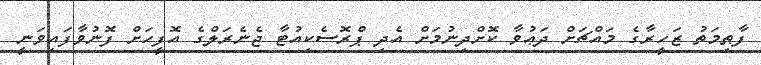
ފާޠިމަތު ޒަހީރާގެ މައްޗަށް ދަޢުވާ ކޮށްދިނުމަށް އެދި ޕްރޮސެކިއުޓާ ޖެނެރަލްގެ އޮފީހަށް ފޮނުވާފައިވަނީ